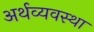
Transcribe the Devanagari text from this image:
अर्थव्यवस्‍था